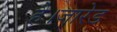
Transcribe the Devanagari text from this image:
है।जारेड